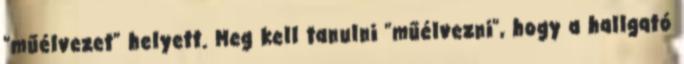
"műélvezet" helyett. Meg kell tanulni "műélvezni", hogy a hallgató